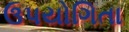
ઉપયોગિતા